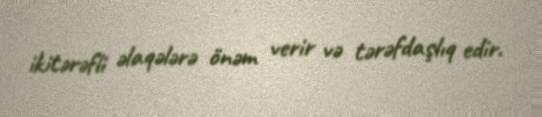
ikitərəfli əlaqələrə önəm verir və tərəfdaşlıq edir.